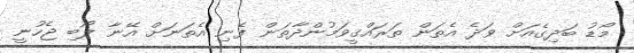
މޯޑު ބަދިގެއަށް ވަދެ އެތަން ތަރައްގީވަމުންދާތަން ފެނި އެތަނަށް އޭނާ ލޯބި ޖެހުނީ